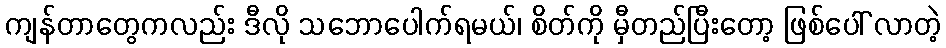
ကျန်တာတွေကလည်း ဒီလို သဘောပေါက်ရမယ်၊ စိတ်ကို မှီတည်ပြီးတော့ ဖြစ်ပေါ် လာတဲ့